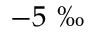
- 5 \mathrm { ~ \textperthousand ~ }